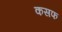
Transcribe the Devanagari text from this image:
कसफ